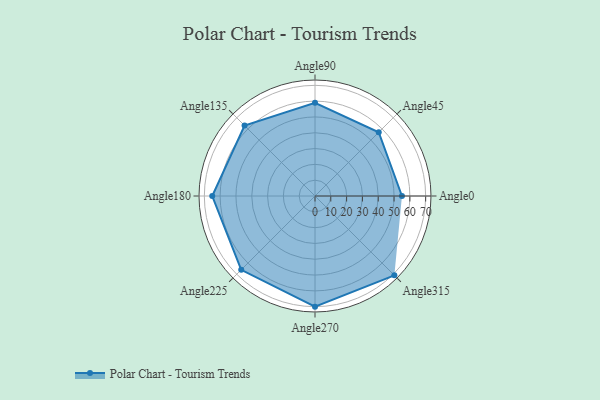
{"axis": {"x": "Angle", "y": "Radius"}, "legend": [""], "data": [{"x": "Angle0", "y": 55.0, "type": ""}, {"x": "Angle45", "y": 57.0, "type": ""}, {"x": "Angle90", "y": 59.0, "type": ""}, {"x": "Angle135", "y": 63.0, "type": ""}, {"x": "Angle180", "y": 65.0, "type": ""}, {"x": "Angle225", "y": 66.0, "type": ""}, {"x": "Angle270", "y": 70.0, "type": ""}, {"x": "Angle315", "y": 71.0, "type": ""}]}